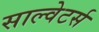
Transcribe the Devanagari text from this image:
साल्वेटर्स